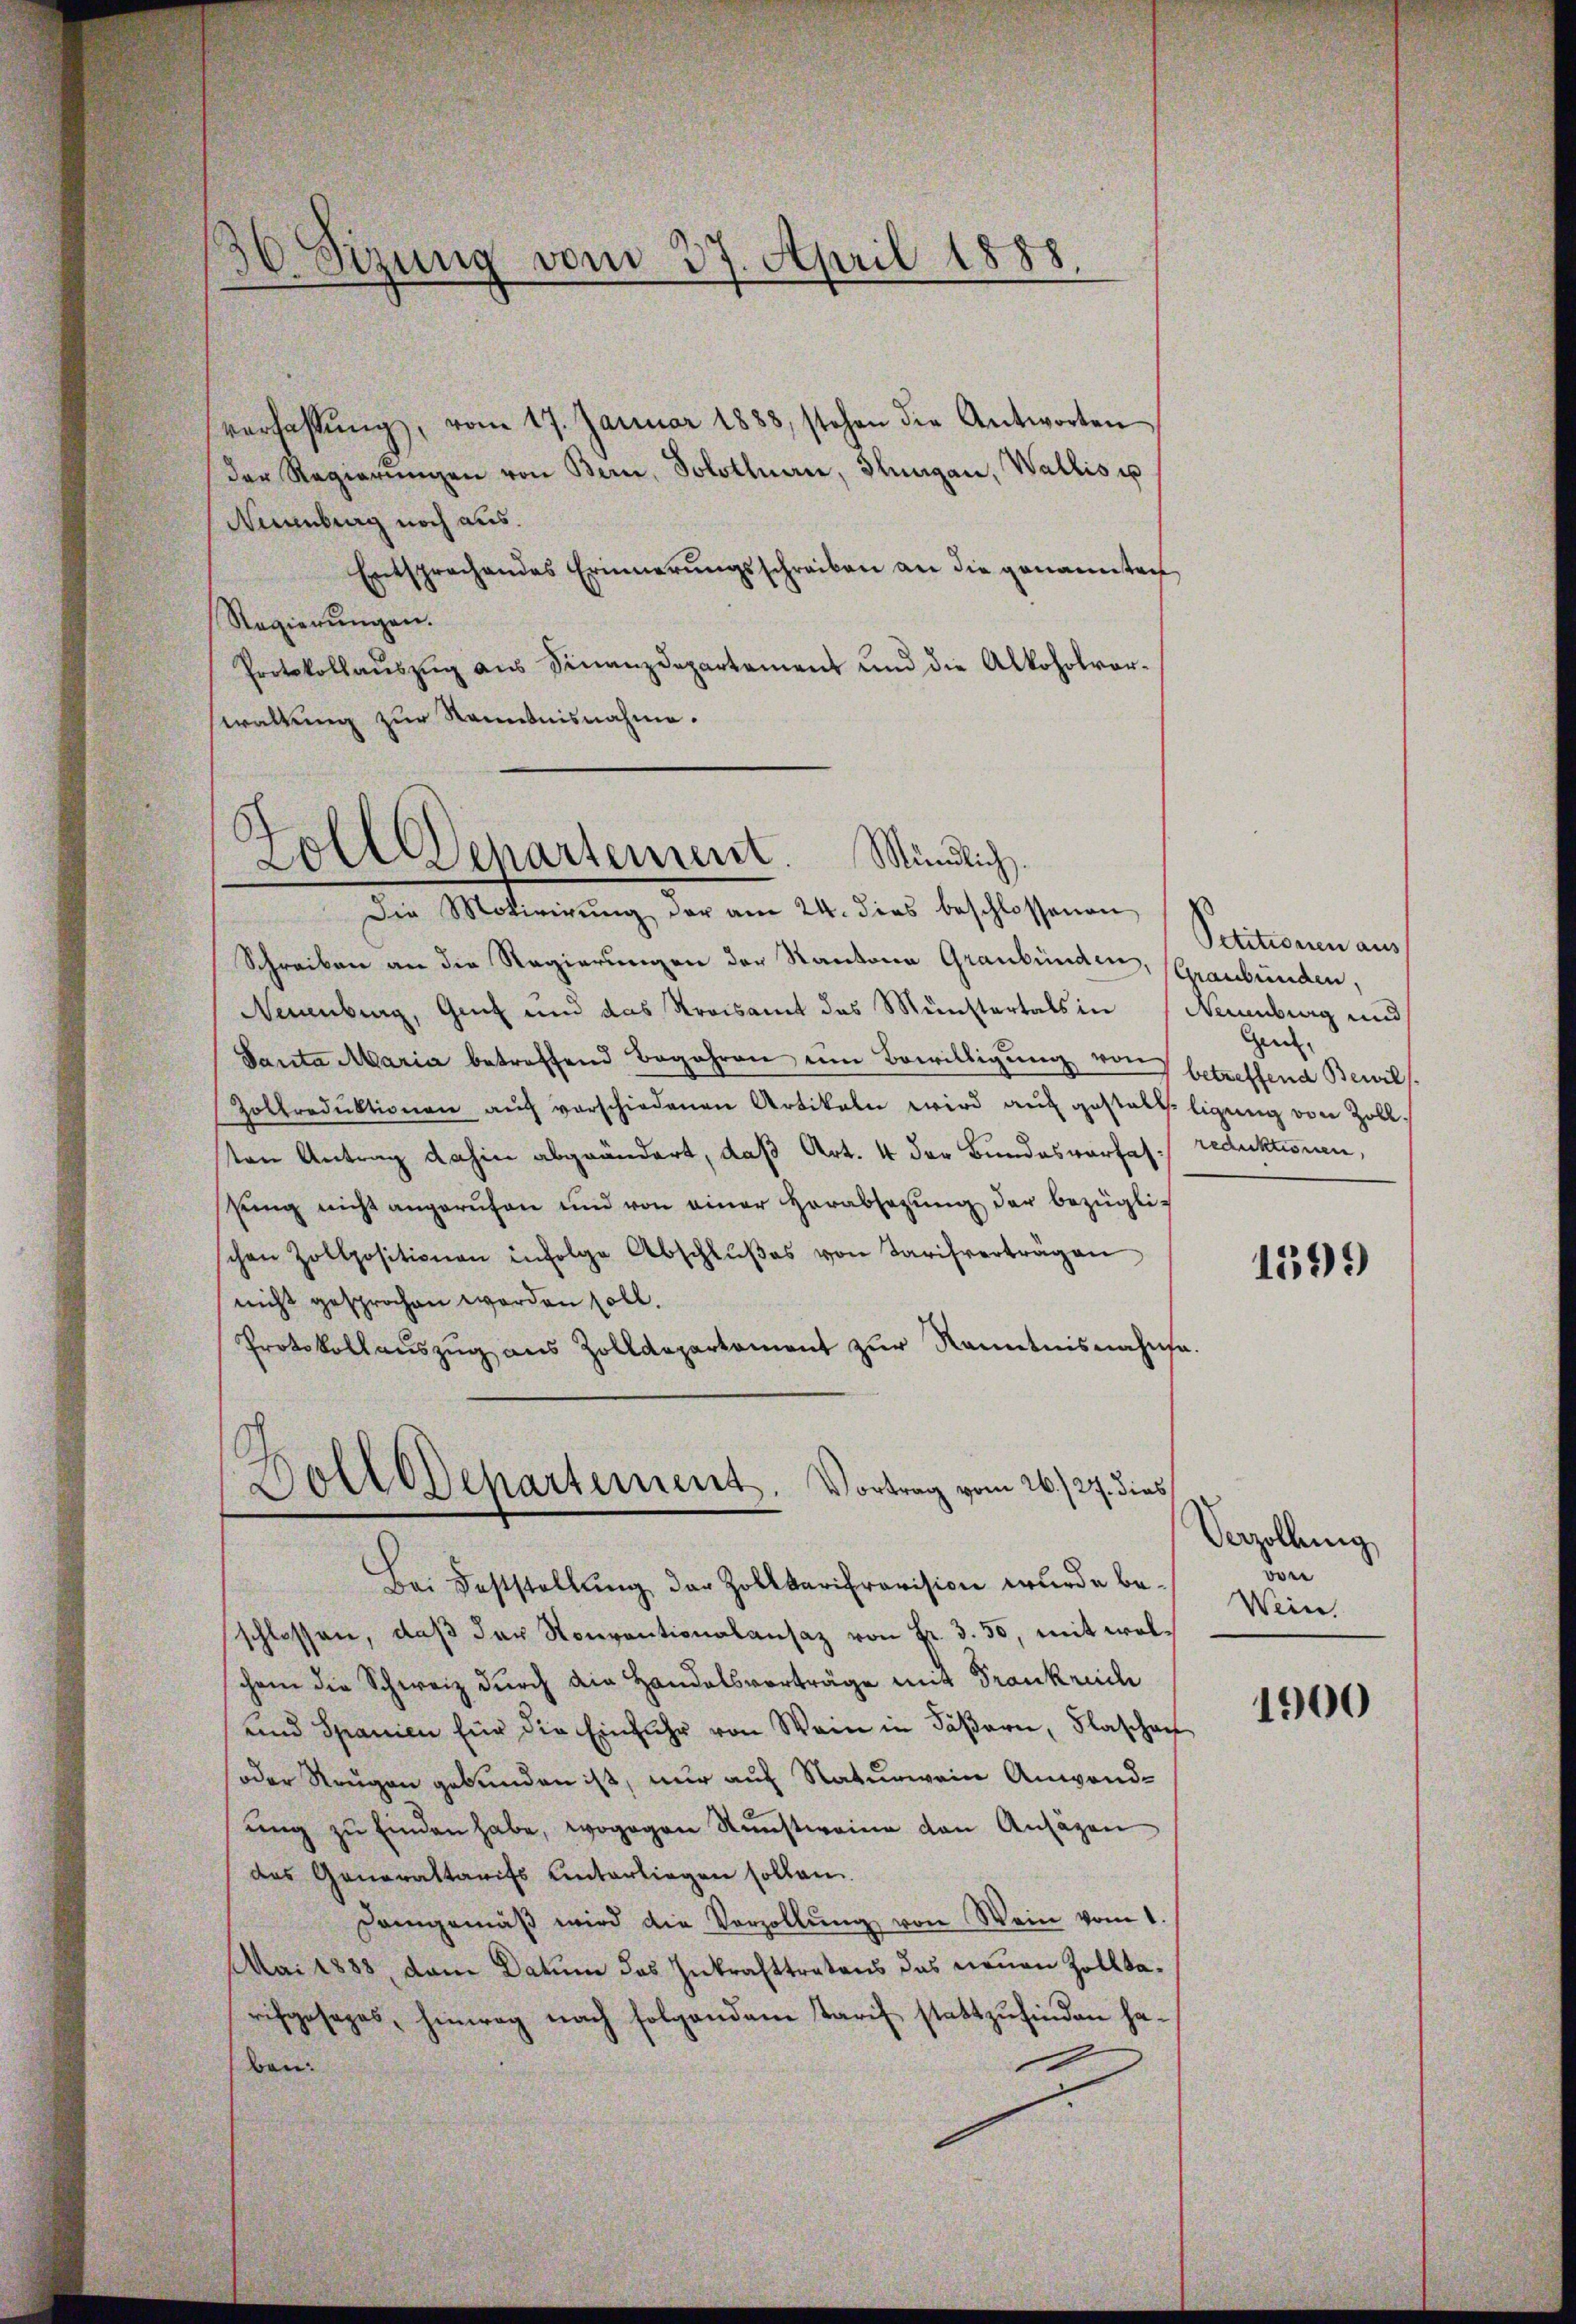
36 Sizung vom 27. April 1888

verlassŭng, vom 17. Januar 1888, stehen die Antworten
der Regierŭngen von Bern, Solothurn, Thurgau, Wallis ip
Neuenburg noch aus.
Entsprechendes Erinnerŭngsschreiben an die genannten
Regierungen.
Protokollaŭszŭg aŭs Finanzdepartement und die Alkoholvor-
waltung zur Kenntnisnahme.

Zoll Departement Mündlich.

Dolldepartement. Vortrag vom 26./27. dies

Die Motivirung der am 24. dies beschlossenen
Schreiben an die Regierungen der Kantona Graubünden, (Graubünden,
Neuenburg, Genf und das Streisamt des Münstertals in Neuenburg und
Santa Maria betreffend Begehren ŭm Bewilligŭng von betreffend Bewils.
Zolkredŭktionen aŭf vorschiedenen Artikeln wird auf gestaltligung von Zollten Antrag dahin abgeändert, daß Art. 4 der Bundesvorsas reduktionen,
sŭng nicht angerufen und von einer Herabsetzŭng der bezügli-
schen Zollpositionen infolge Abschlŭβes von Tarifverträgen
nicht gesprochen worden soll.
Protokollaŭszŭg aŭs Zolldepartement zŭr Kenntnisnahmsa.

Bei Feststellung der Zollkarisrevision wurde beschlossen, daß der Konventionalansaz von Fr. 3. 50, mit welschen die Schweiz durch die Handelsvorträge mit Frankreich
und Spanien für die Einfuhr von Wein in Fäβarn, Flaschaf
(oder Reugen gebunden ist, nur auf Naturwein Anwandŭng zŭ einden habe, wogegen Stŭnstweine von Ansagen
des Generaltarifs Unterliegen sollen.
Demgemäβ wird die Vorzollŭng von Wein vom 1.
Mai 1888, dem Datum das Inkrafttretens das neŭen Zollta-
rifgesages, hinweg nach folgendem Tarif stattzufinden haben:

Petitionen aus
Ger.

1599)

Verzöllung
vor
Wein.

1900